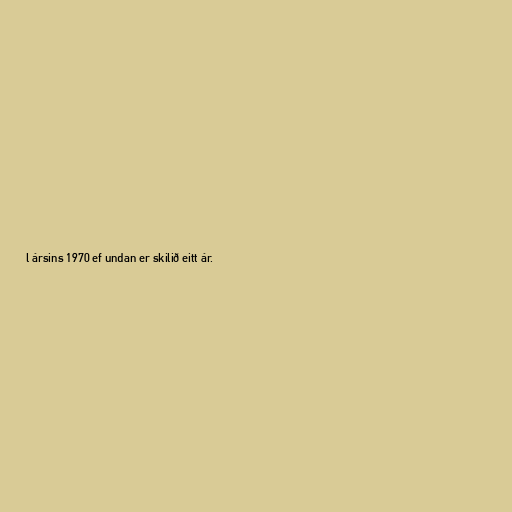
l ársins 1970 ef undan er skilið eitt ár.